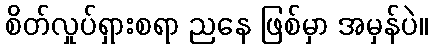
စိတ်လှုပ်ရှားစရာ ညနေ ဖြစ်မှာ အမှန်ပဲ။